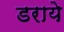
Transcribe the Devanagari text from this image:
डराये